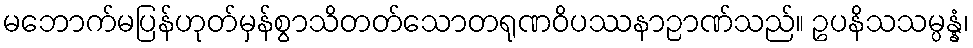
မဘောက်မပြန်ဟုတ်မှန်စွာသိတတ်သောတရုဏဝိပဿနာဉာဏ်သည်။ ဥပနိသသမ္ပန္နံ၊